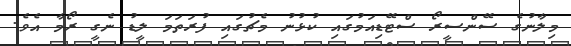
މިލާނުގެ ސޭންސީރޯ ސްޓޭޑިއަމުގައި ކުޅުނު މެޗުގައި ފުރަތަމަ ލީޑު ނެގީ ރޯމާ އެވެ.